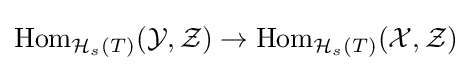
{\text{Hom}}_{{\mathcal {H}}_{s}(T)}({\mathcal {Y}},{\mathcal {Z}})\to {\text{Hom}}_{{\mathcal {H}}_{s}(T)}({\mathcal {X}},{\mathcal {Z}})